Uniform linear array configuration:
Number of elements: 24
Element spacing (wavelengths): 0.5
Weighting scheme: uniform
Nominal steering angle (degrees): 60
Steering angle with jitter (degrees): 59.337
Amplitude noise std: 0.05
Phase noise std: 0.05

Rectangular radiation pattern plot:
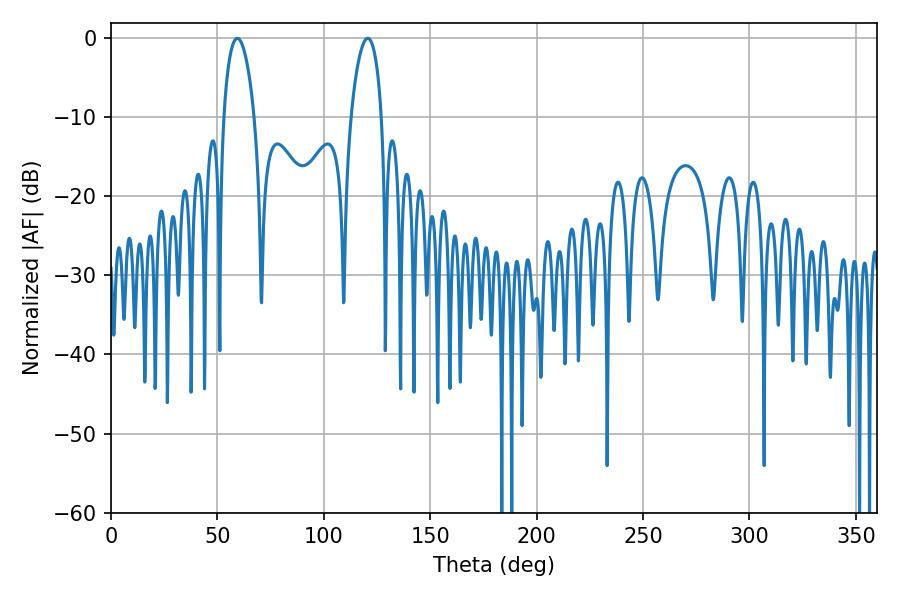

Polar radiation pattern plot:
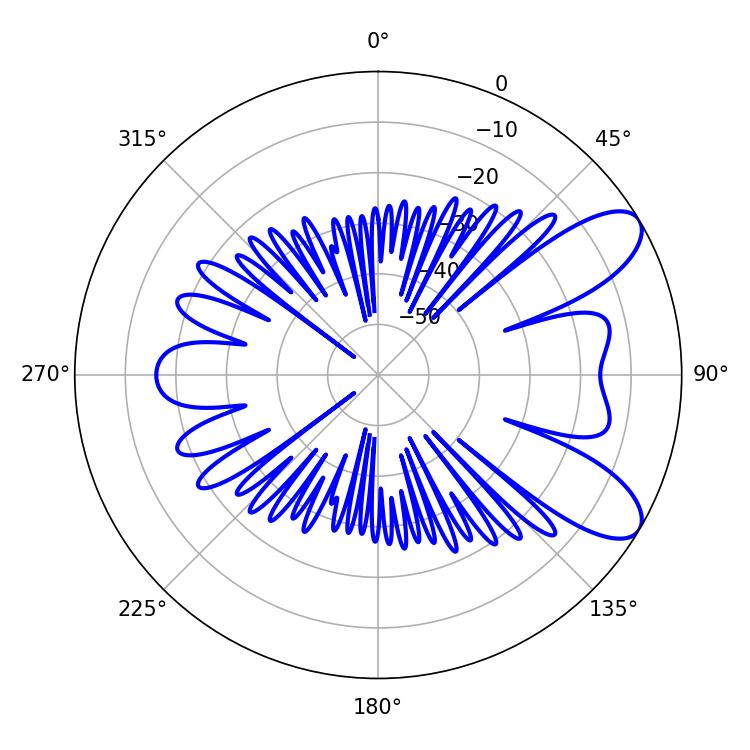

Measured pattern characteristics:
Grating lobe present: FALSE
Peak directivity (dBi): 8.659
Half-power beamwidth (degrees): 8.1
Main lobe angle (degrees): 59.4